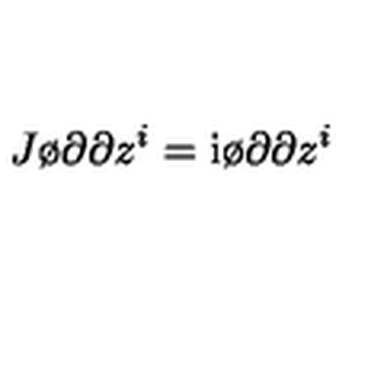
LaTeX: J \o { \partial } { \partial z ^ { i } } = \mathrm { i } \o { \partial } { \partial z ^ { i } }